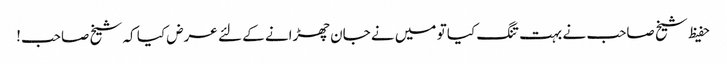
حفیظ شیخ صاحب نے بہت تنگ کیا تو میں نے جان چھڑانے کے لئے عرض کیا کہ شیخ صاحب!